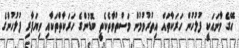
އޭގެ މާނައަކީ ފުލުހުން ހަރަކާތައް އިތުރުވުމުން މަސްތުވާތެކެތީ ބޮޑުންގެ ހަރަކާތްތަކާއި ވިޔަފާރި ފުލުހުންގެ